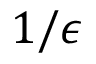
1 / \epsilon